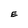
Character: E